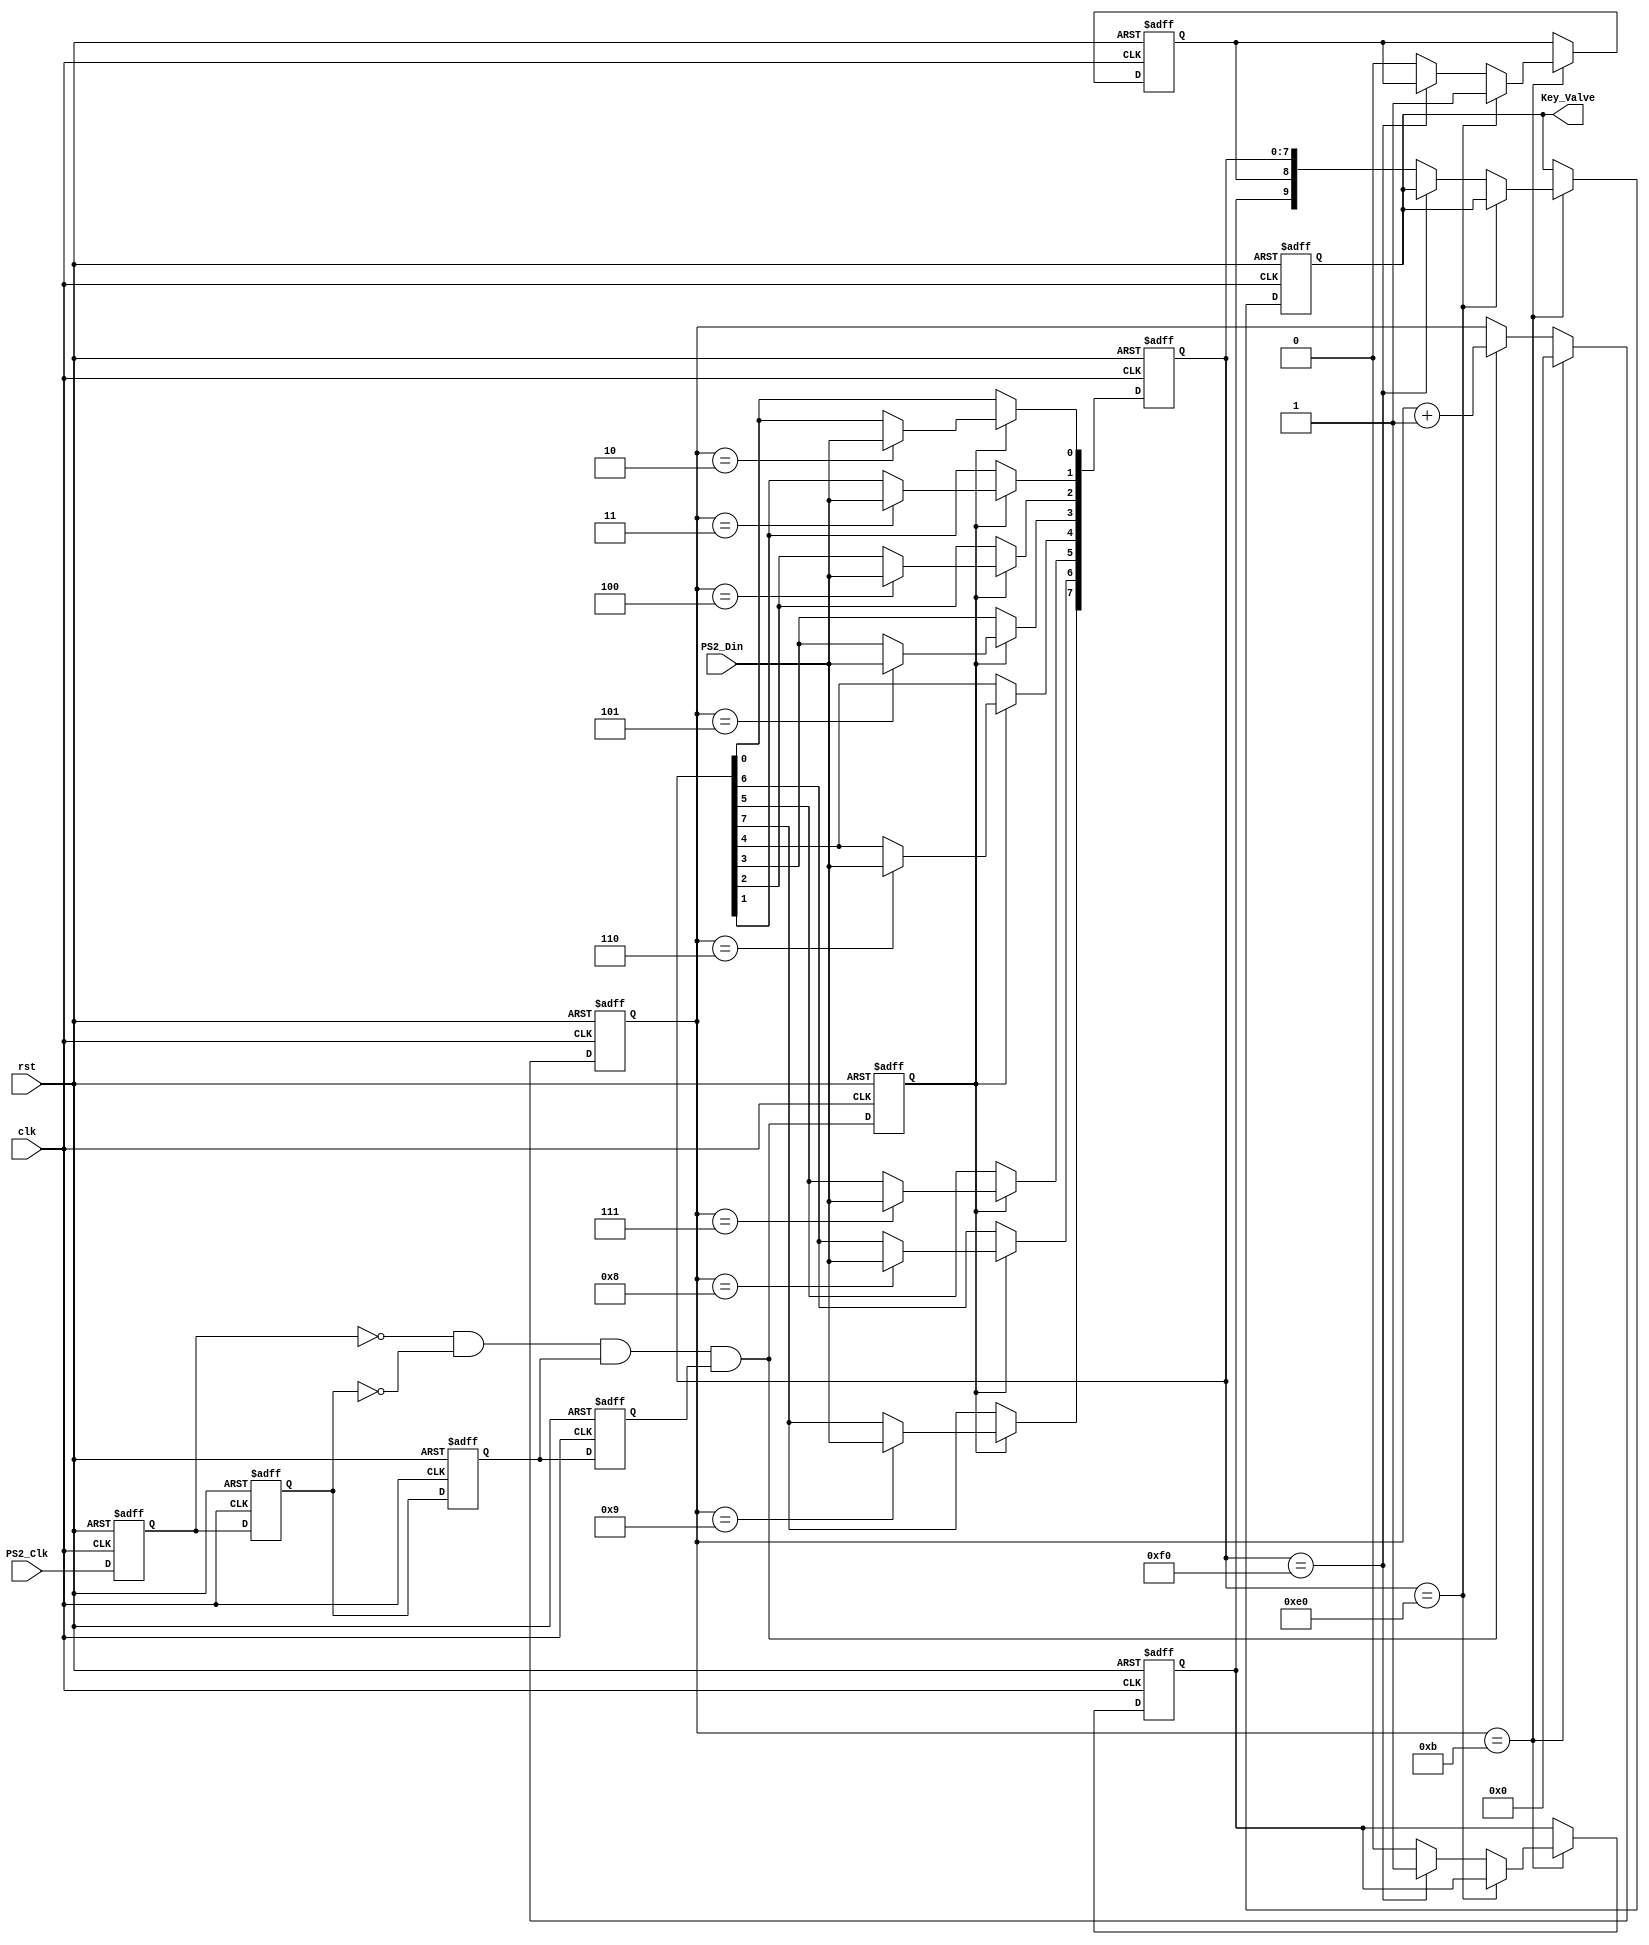

module keyboard_module(
	output reg [9:0] Key_Valve,
	input PS2_Clk,
	input PS2_Din,
	input clk,
	input rst
);

reg PS2_Clk_Tmp0,PS2_Clk_Tmp1,PS2_Clk_Tmp2,PS2_Clk_Tmp3;
wire nedge_PS2_Clk;
reg [3:0] Cnt1;

always@(posedge clk, posedge rst) begin
	if(rst) begin
		PS2_Clk_Tmp0 <= 1'b0;
		PS2_Clk_Tmp1 <= 1'b0;
		PS2_Clk_Tmp2 <= 1'b0;
		PS2_Clk_Tmp3 <= 1'b0;
	end
	else begin
		PS2_Clk_Tmp0 <= PS2_Clk;
		PS2_Clk_Tmp1 <= PS2_Clk_Tmp0;
		PS2_Clk_Tmp2 <= PS2_Clk_Tmp1;
		PS2_Clk_Tmp3 <= PS2_Clk_Tmp2;
	end
end


assign nedge_PS2_Clk = !PS2_Clk_Tmp0 & !PS2_Clk_Tmp1 & PS2_Clk_Tmp2 & PS2_Clk_Tmp3;
reg nedge_PS2_Clk_Shift;



always@(posedge clk, posedge rst) begin
	if(rst)
		Cnt1 <= 4'd0;
	else if(Cnt1 == 4'd11)
		Cnt1 <= 4'd0;
	else if(nedge_PS2_Clk)
		Cnt1 <= Cnt1 + 1'b1;
	else
		Cnt1 <= Cnt1;
end

always@(posedge clk, posedge rst) begin
	if(rst)
		nedge_PS2_Clk_Shift <= 0;
	else
		nedge_PS2_Clk_Shift <= nedge_PS2_Clk;
end

reg [7:0] Data_tmp;

always@(posedge clk, posedge rst) begin
	if(rst)
		Data_tmp <= 8'd0;
	else if(nedge_PS2_Clk_Shift) begin
		case(Cnt1)
		4'd2:Data_tmp[0] <= PS2_Din;
		4'd3:Data_tmp[1] <= PS2_Din;
		4'd4:Data_tmp[2] <= PS2_Din;
		4'd5:Data_tmp[3] <= PS2_Din;
		4'd6:Data_tmp[4] <= PS2_Din;
		4'd7:Data_tmp[5] <= PS2_Din;
		4'd8:Data_tmp[6] <= PS2_Din;
		4'd9:Data_tmp[7] <= PS2_Din;
		default:Data_tmp <= Data_tmp;
		endcase
	end
	else
		Data_tmp <= Data_tmp;
end

reg Break_r,long_r;

always@(posedge clk, posedge rst) begin
	if(rst) begin
		Break_r <= 1'b0;
		Key_Valve <= 10'd0;
		long_r <= 1'b0;
	end
	else if(Cnt1 == 4'd11) begin
		if(Data_tmp == 8'hE0)
			long_r <= 1'b1; 
		else if(Data_tmp == 8'hF0) 
			Break_r <= 1'b1; 		
		else begin 
			Key_Valve <= {Break_r,long_r,Data_tmp};
			long_r <= 1'b0;
			Break_r <= 1'b0;
		end
	end
	else begin
		Key_Valve <= Key_Valve;
		Break_r <= Break_r;
		long_r <= long_r;	
	end
end


endmodule